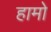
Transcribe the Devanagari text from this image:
हामो